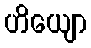
ဟိယျော